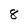
Character: 8